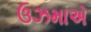
ઉઝમાએ